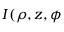
I ( \rho , z , \phi